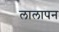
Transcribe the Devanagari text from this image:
लालापन